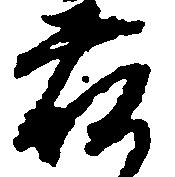
荷